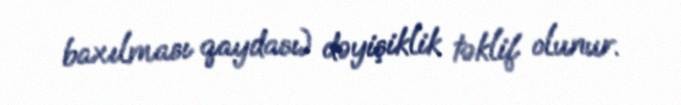
baxılması qaydası) dəyişiklik təklif olunur.